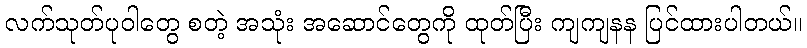
လက်သုတ်ပုဝါတွေ စတဲ့ အသုံး အဆောင်တွေကို ထုတ်ပြီး ကျကျနန ပြင်ထားပါတယ်။